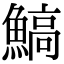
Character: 鰝